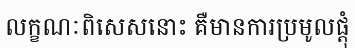
លក្ខណៈពិសេសនោះ គឺមានការប្រមូលផ្តុំ